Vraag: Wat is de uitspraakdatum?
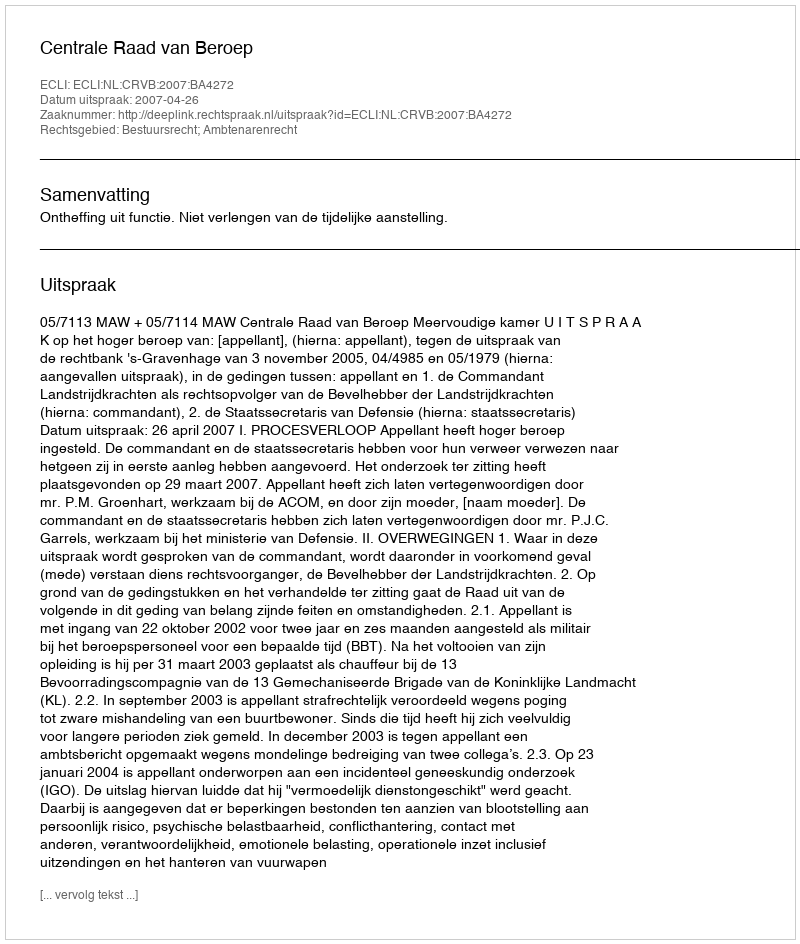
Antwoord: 2007-04-26